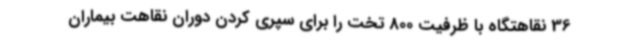
36 نقاهتگاه با ظرفیت 800 تخت را برای سپری کردن دوران نقاهت بیماران